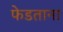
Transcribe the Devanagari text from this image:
फेडताना